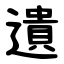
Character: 遺